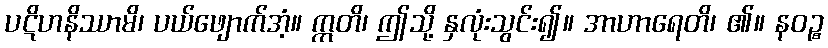
ပဋိဟနိဿာမိ၊ ပယ်ဖျောက်အံ့။ ဣတိ၊ ဤသို့ နှလုံးသွင်း၍။ အာဟာရေတိ၊ ၏။ နဝဉ္စ